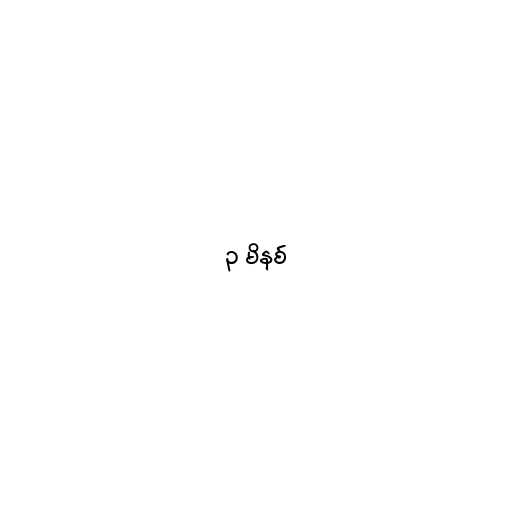
၃ မိနစ်